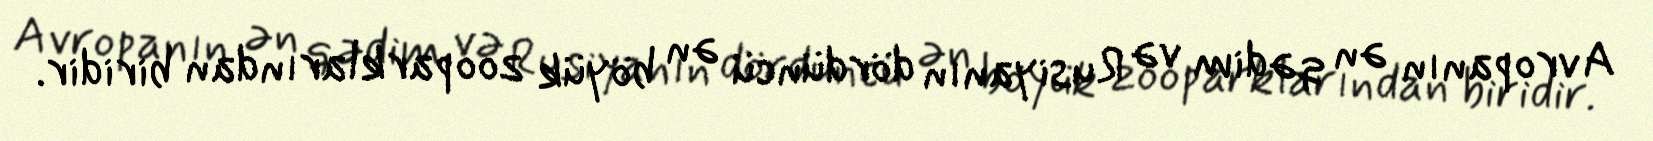
Avropanın ən qədim və Rusiyanın dördüncü ən böyük zooparklarından biridir.